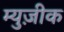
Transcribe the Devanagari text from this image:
म्युज़ीक